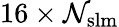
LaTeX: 16\times\mathcal{N}_{\mathrm{{{slm}}}}